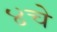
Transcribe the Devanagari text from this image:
४चे